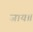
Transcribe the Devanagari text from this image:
जाय॥